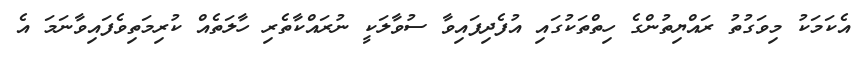
އެކަމަކު މިވަގުތު ރައްޔިތުންގެ ހިތްތަކުގައި އުފެދިފައިވާ ސުވާލަކީ ނުރައްކާތެރި ހާލަތެއް ކުރިމަތިވެފައިވާނަމަ އެ